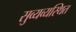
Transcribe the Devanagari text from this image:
सुव्यव्यस्थित